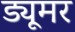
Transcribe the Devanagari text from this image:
ड्यूमर